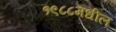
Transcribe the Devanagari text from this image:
१९८८मधील